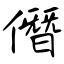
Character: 僭